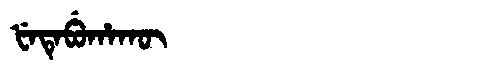
Manchu: ᡶᡝᡨᡝᠪᡠᡥᠠᡴᡡ
Romanization: FETEBUHAKŪ